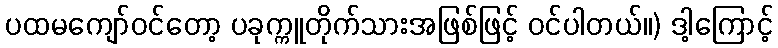
ပထမကျော်ဝင်တော့ ပခုက္ကူတိုက်သားအဖြစ်ဖြင့် ဝင်ပါတယ်။) ဒါ့ကြောင့်